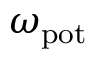
\omega _ { \mathrm { p o t } }